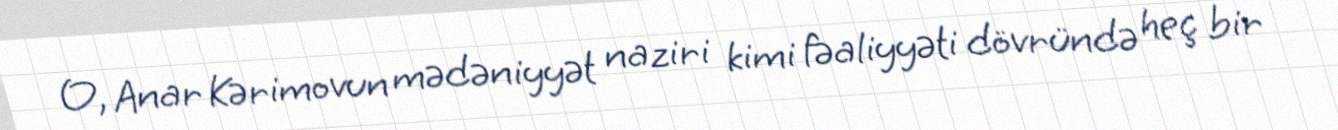
O, Anar Kərimovun mədəniyyət naziri kimi fəaliyyəti dövründə heç bir